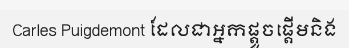
Carles Puigdemont ដែលជាអ្នកផ្តួចផ្តើមនិង